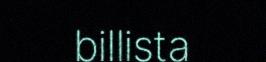
billista